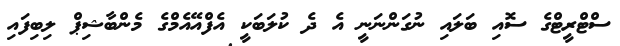
ސްޓްރީޓްގެ ސޮއި ބަލައި ނުގަންނަނީ އެ ދެ ކުލަބަކީ އެފްއޭއެމްގެ މެންބާޝިޕް ލިބިފައި